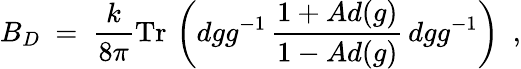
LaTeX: B_{D}\ =\ \frac{k}{8\pi}\mathrm{Tr}\, \left(dgg^{-1}\, \frac{1+Ad(g)}{1-Ad(g)}\, dgg^{-1}\right)\ \ ,